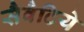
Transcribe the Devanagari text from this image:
सैवैटिये